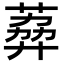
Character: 𦶭